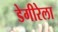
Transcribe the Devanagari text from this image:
डेगीरेला